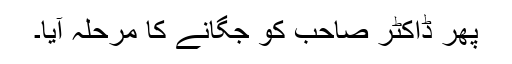
پھر ڈاکٹر صاحب کو جگانے کا مرحلہ آیا۔